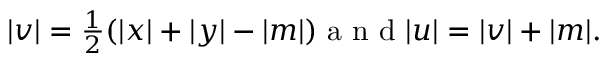
\begin{array} { r } { | v | = \frac { 1 } { 2 } ( | x | + | y | - | m | ) \mathrm { ~ a ~ n ~ d ~ } | u | = | v | + | m | . } \end{array}